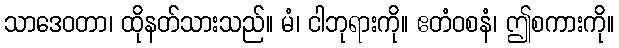
သာဒေဝတာ၊ ထိုနတ်သားသည်။ မံ၊ ငါဘုရားကို။ ဧတံဝစနံ၊ ဤစကားကို။